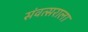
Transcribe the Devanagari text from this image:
संवत्सराला